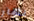
نهار